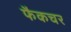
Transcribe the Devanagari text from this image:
फैकचर